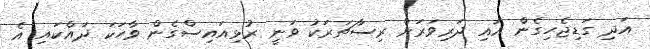
އަދި ގަޑިޖެހިގެން އައި ދަރިވަރަށް ރިސާޗަރަކު ވަނީ ރުޅިއައިސްގެން ވާހަކަ ދައްކައި އެ